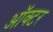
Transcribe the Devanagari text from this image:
ऑक्टर